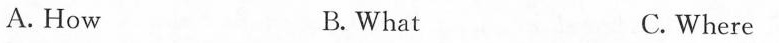
A.How B. What C. Where